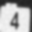
Digit: 4